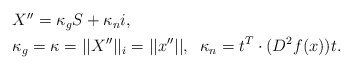
\begin{align*}\begin{aligned} &X''=\kappa_g S+\kappa_n i,\\ & \kappa_g=\kappa =||X''||_i =||x''||,\;\; \kappa_n=t^T\cdot (D^2 f(x)) t.\end{aligned}\end{align*}